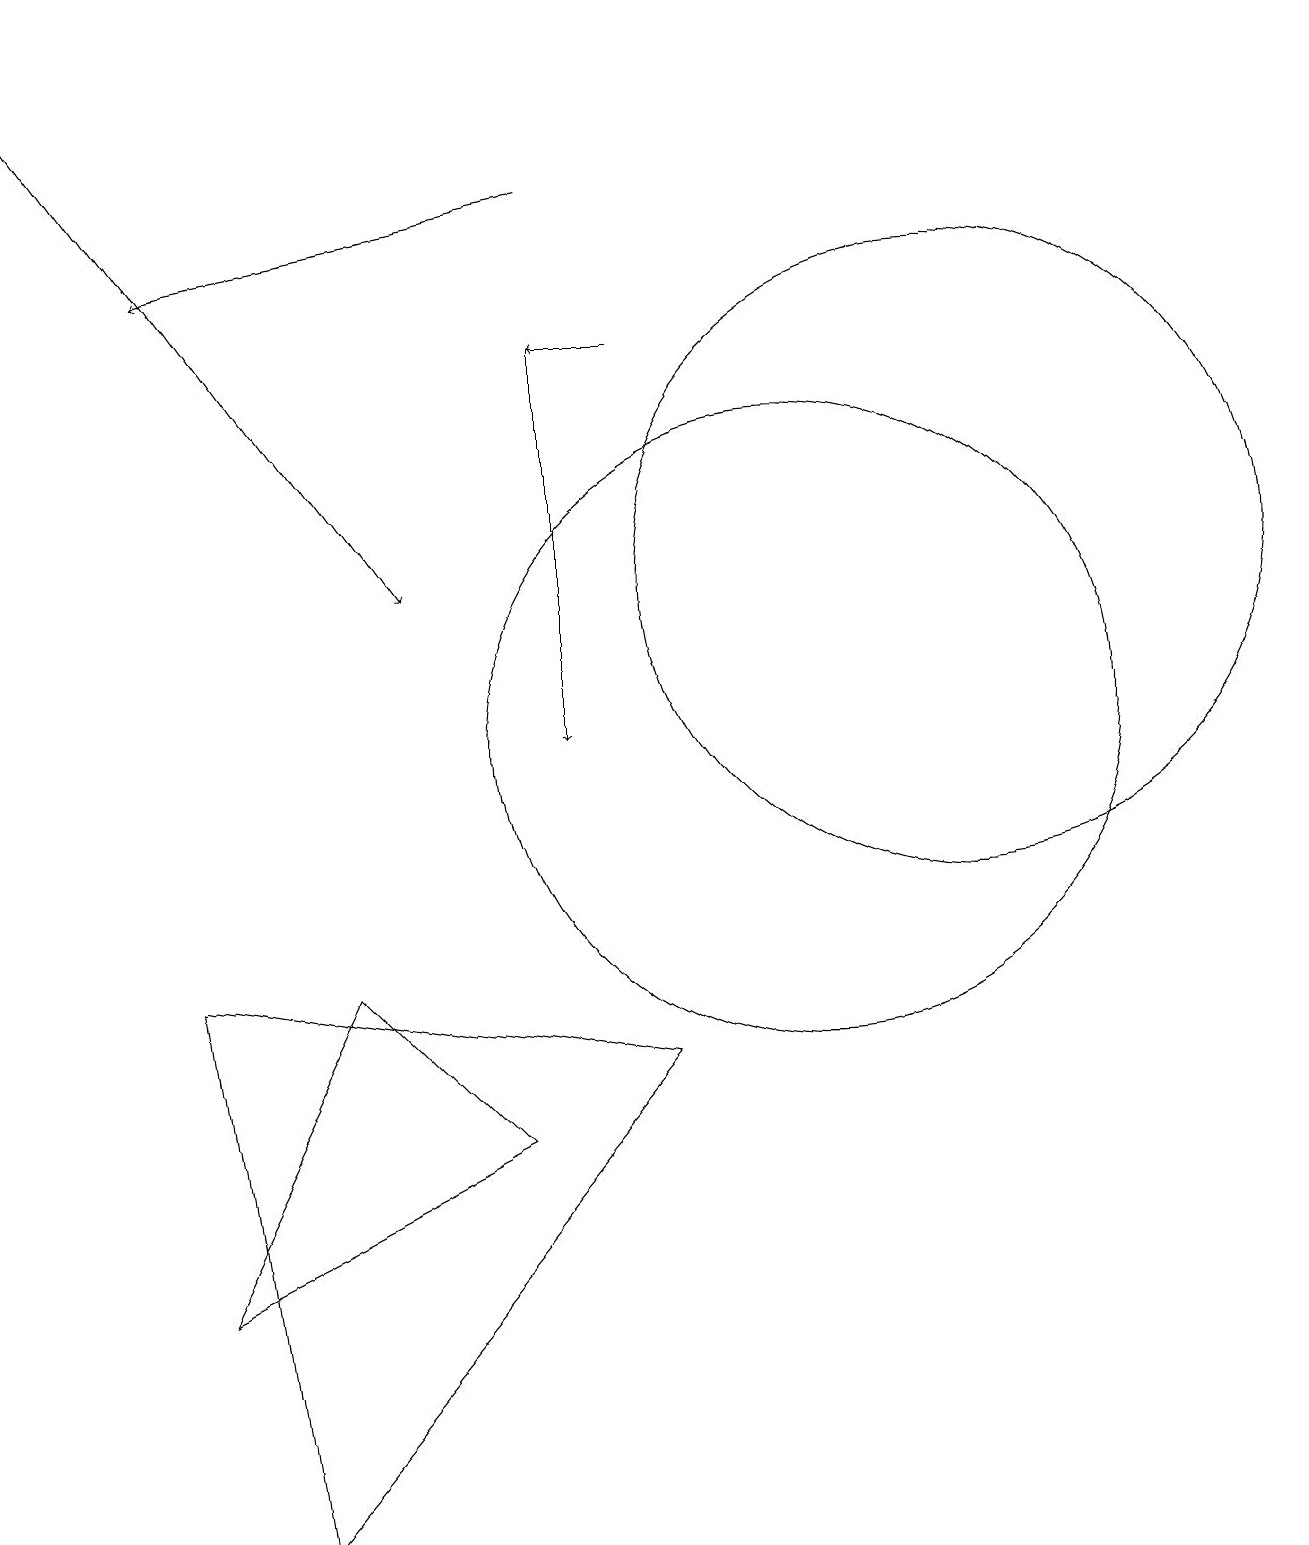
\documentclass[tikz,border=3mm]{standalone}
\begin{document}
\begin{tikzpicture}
\draw[->] (7,17) -- (2,16);
\draw[->] (0,19) -- (5,12);
\draw (4,7) -- (2,3) -- (6,5) -- cycle;
\draw (10,10) circle (4);
\draw[->] (8,15) -- (7,15);
\draw (12,12) circle (4);
\draw[->] (7,15) -- (7,10);
\draw (3,0) -- (2,7) -- (8,6) -- cycle;
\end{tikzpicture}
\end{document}